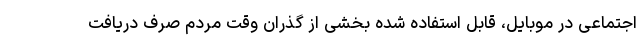
اجتماعی در موبایل، قابل استفاده شده بخشی از گذران وقت مردم صرف دریافت